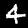
Label: 4